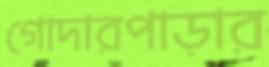
গোদারপাড়ার